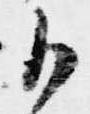
御